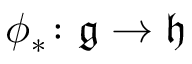
\phi _ { * } \colon { \mathfrak { g } } \to { \mathfrak { h } }